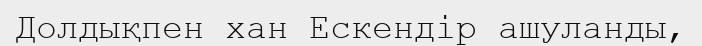
Долдықпен хан Ескендір ашуланды,